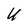
Character: U